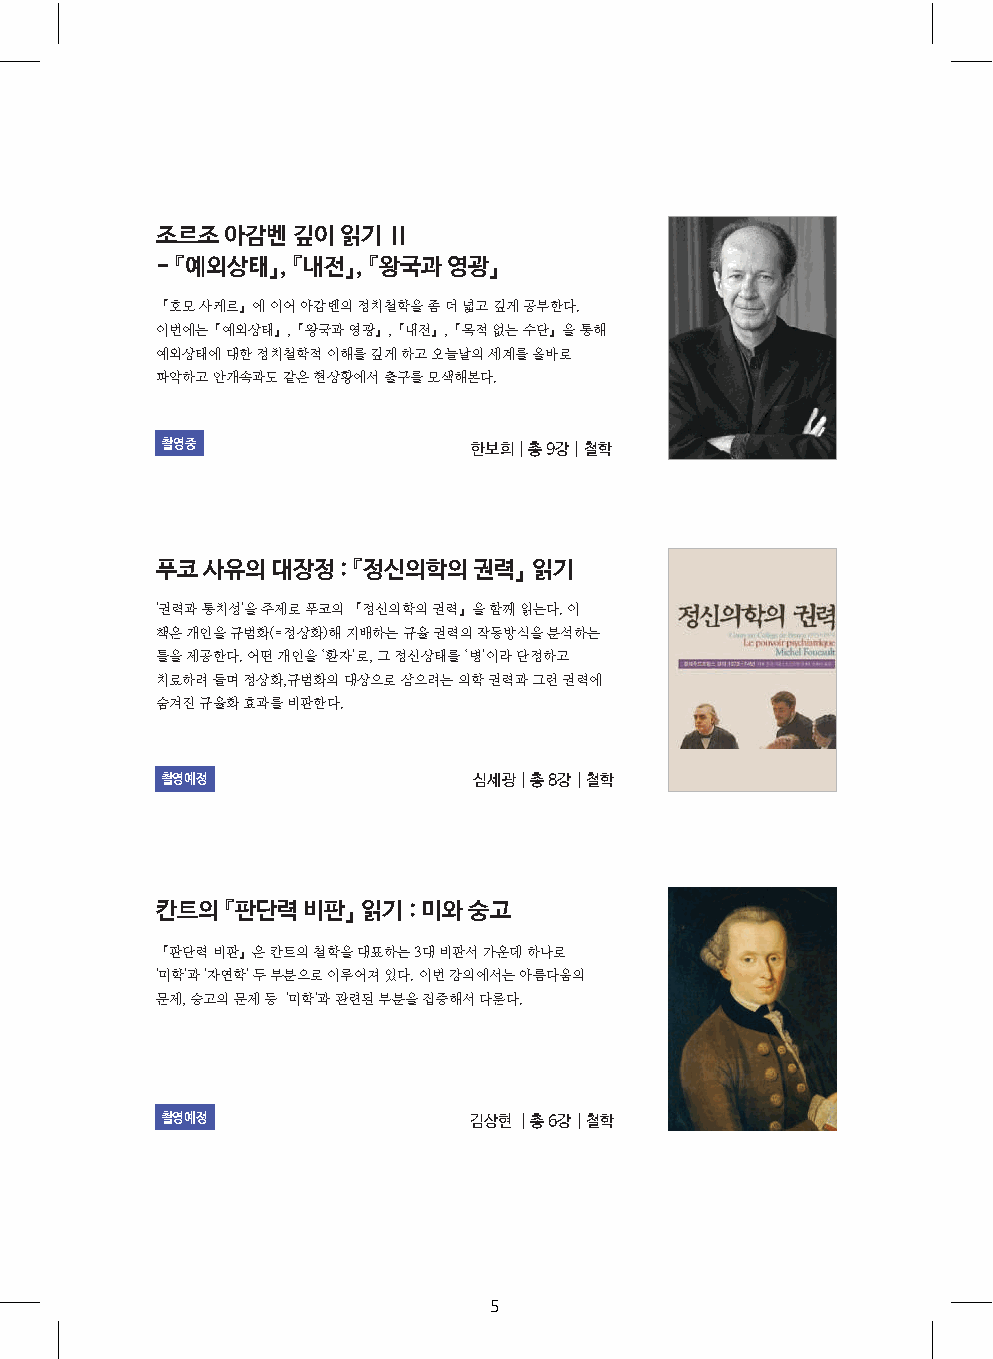
조르조  아감벤 깊이 읽기  Ⅱ
 - 『예외상태』, 『내전』, 『왕국과 영광』
 『호모 사케르』에 이어 아감벤의 정치철학을 좀 더 넓고 깊게 공부한다.
 이번에는『예외상태』,『왕국과 영광』,『내전』,『목적 없는 수단』을 통해
 예외상태에 대한 정치철학적 이해를 깊게 하고 오늘날의 세계를 올바로
 파악하고 안개속과도 같은 현상황에서 출구를 모색해본다.
 촬영중                 한보희│총 9강│철학
 푸코 사유의  대장정 : 『정신의학의 권력』 읽기
 '권력과 통치성'을 주제로 푸코의 『정신의학의 권력』을 함께 읽는다. 이
 책은 개인을 규범화(=정상화)해 지배하는 규율 권력의 작동방식을 분석하는
 틀을 제공한다. 어떤 개인을 ‘환자’로, 그 정신상태를 ‘병’이라 단정하고
 치료하려 들며 정상화,규범화의 대상으로 삼으려는 의학 권력과 그런 권력에
 숨겨진 규율화 효과를 비판한다.
 촬영예정                심세광│총 8강│철학
 칸트의  『판단력 비판』 읽기 : 미와 숭고
 『판단력 비판』은 칸트의 철학을 대표하는 3대 비판서 가운데 하나로
 '미학'과 '자연학' 두 부분으로 이루어져 있다. 이번 강의에서는 아름다움의
 문제, 숭고의 문제 등 '미학'과 관련된 부분을 집중해서 다룬다.
 촬영예정                김상현 │총 6강│철학
 5